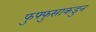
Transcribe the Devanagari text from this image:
फुफ्फुसाकडुन